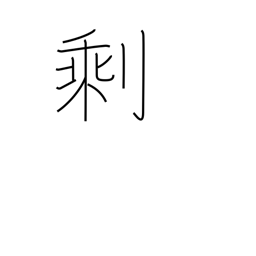
Meaning: residue